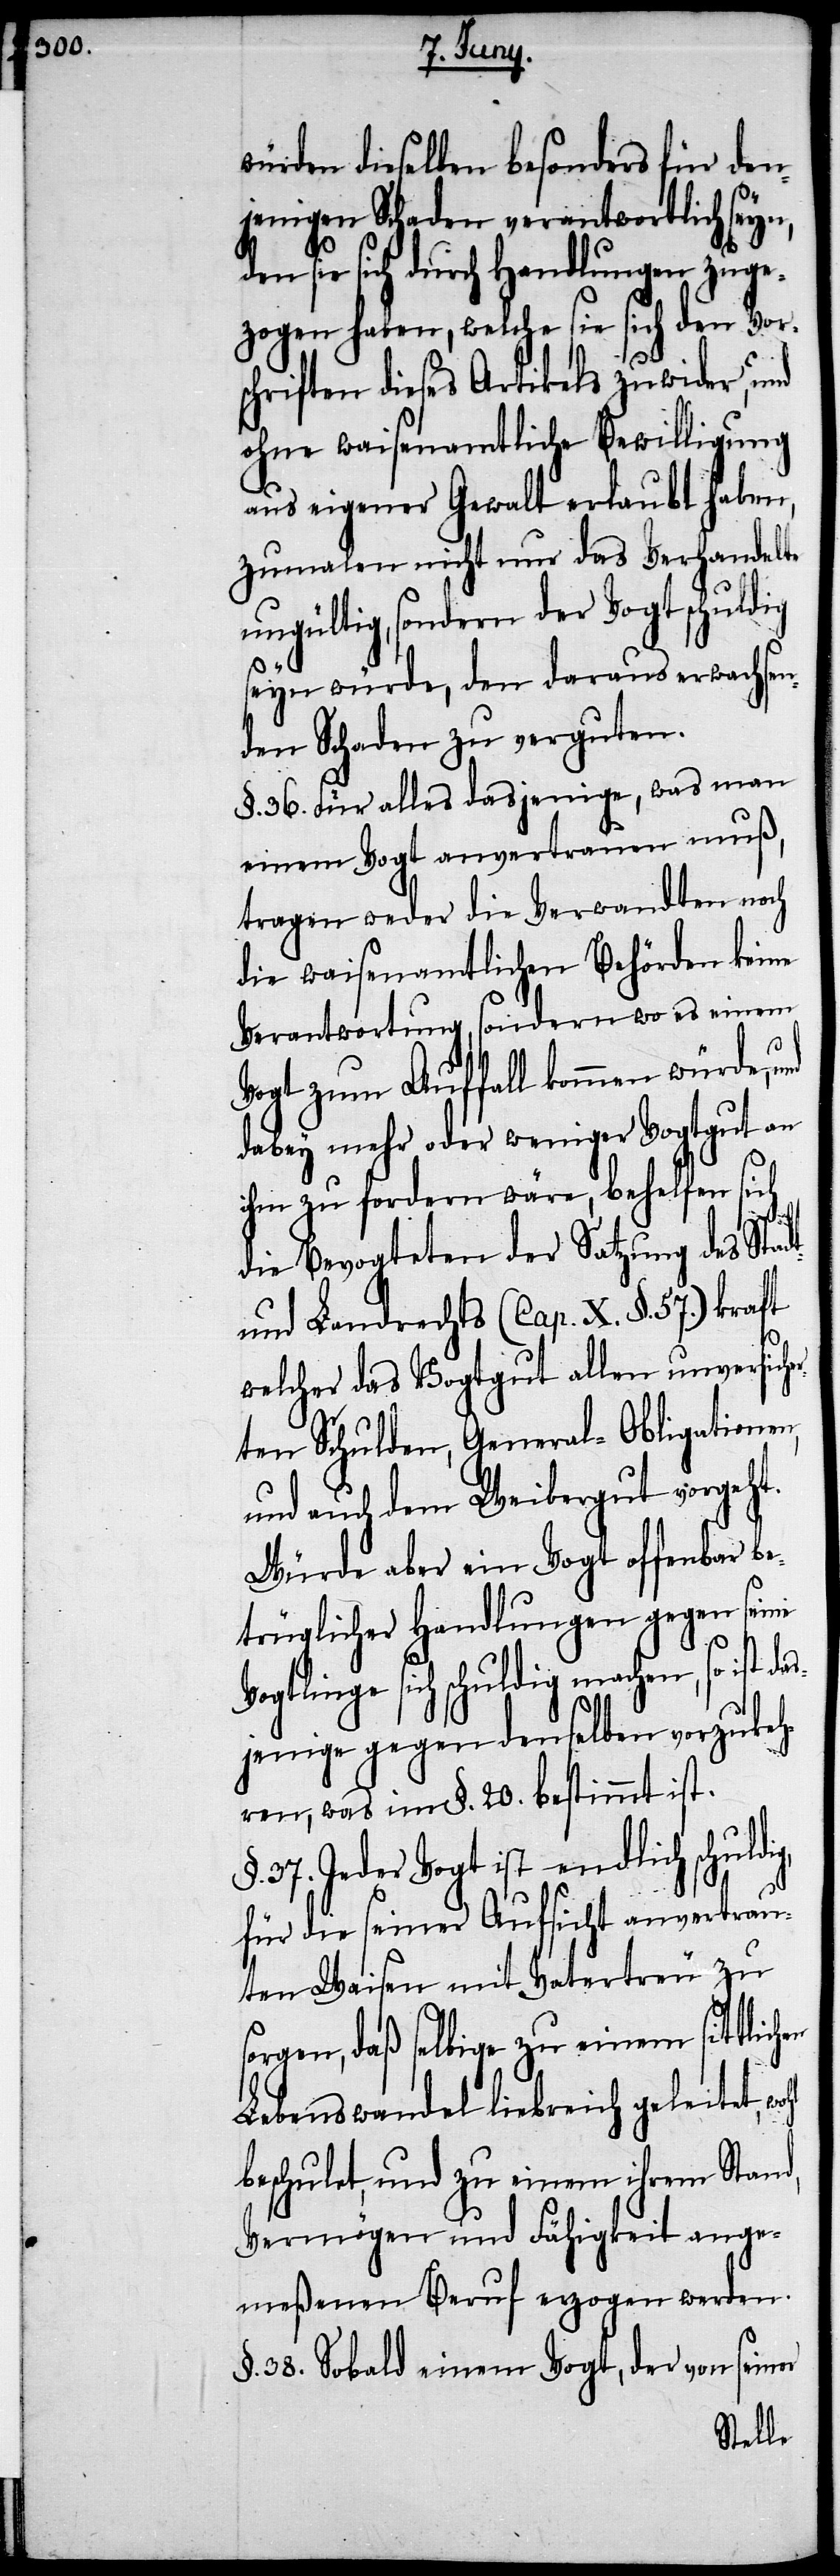
würden dieselben besonders für den¬
jenigen Schaden verantwortlich seyn,
den sie sich durch Handlungen zuge¬
zogen haben, welche sie sich den Vor¬
schriften dieses Artikels zuwider, und
ohne waisenamtliche Bewilligung
aus eigener Gewalt erlaubt haben,
zumalen nicht nur das Verhandelte
ungültig, sondern der Vogt schuldig
seyn würde, den daraus erwachsen¬
den Schaden zu verguten.
§. 36. Für alles dasjenige, was man
einem Vogt anvertrauen muß,
tragen weder die Verwandten noch
die waisenamtlichen Behörden keine
Verantwortung, sondern wo es einem
Vogt zum Auffall kommen würde,
dabey mehr oder weniger Vogtgut an
ihm zu fordern wäre, behelfen sich
hl
die Bevogteten der Satzung des Stadt-
und Landrechts (Cap. X. §. 57) kraft
er
welcher das Vogtgut allen unversiche¬
rten Schulden, General-Obligationen,
und auch dem Weibergut vorgeht.
Würde aber ein Vogt offenbar be¬
trüglicher Handlungen gegen seine
Vogtlinge sich schuldig machen, so ist d¬
jenige gegen denselben vorzukeh¬
ren, was im §. 20. bestimmt ist.
37. Jeder Vogt ist endlich schuldi¬
für die seiner Aufsicht anvertrau¬
ten Waisen mit Vatertreu zu
orgen, daß selbige zu einem sittlich¬
Lebenswandel liebreich geleitet, wo¬
beschulet und zu einem ihrem Stand,
Vermögen und Fähigkeit ange¬
meßenen Beruf erzogen werden.
§. 38. Sobald einem Vogt, der von sein¬